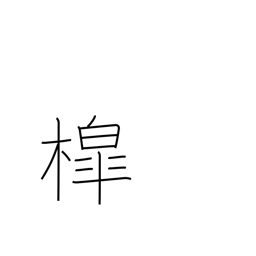
Meaning: well sweep